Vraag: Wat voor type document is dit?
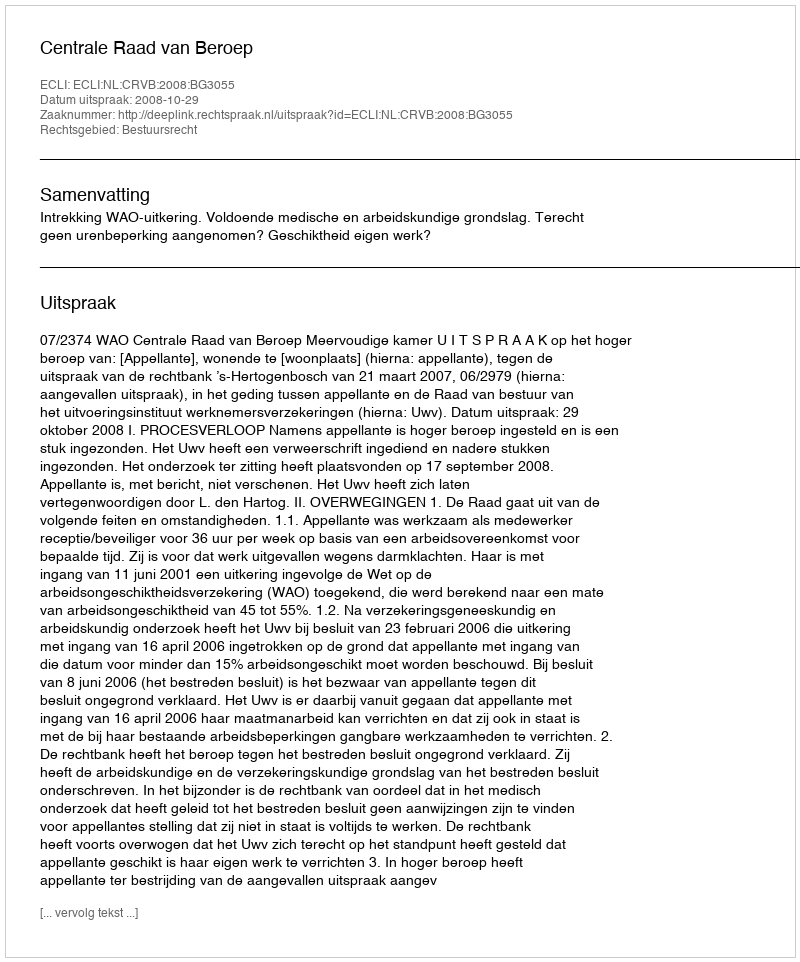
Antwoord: Uitspraak